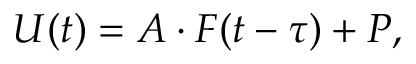
U ( t ) = A \cdot F ( t - \tau ) + P ,